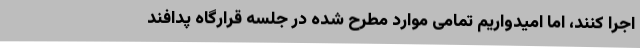
اجرا کنند، اما امیدواریم تمامی موارد مطرح شده در جلسه قرارگاه پدافند